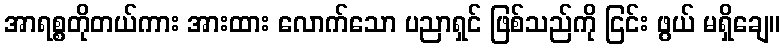
အာရစ္စတိုတယ်ကား အားထား လောက်သော ပညာရှင် ဖြစ်သည်ကို ငြင်း ဖွယ် မရှိချေ။